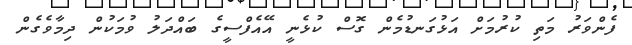
ފެންވަރު މަތި ކުރުމަށް އަޅުގަނޑުމެން ގޮސް ކުޅެނީ އޭއެފްސީގެ ބައްދަލު ވުމަކުން ދިމާވެގެން